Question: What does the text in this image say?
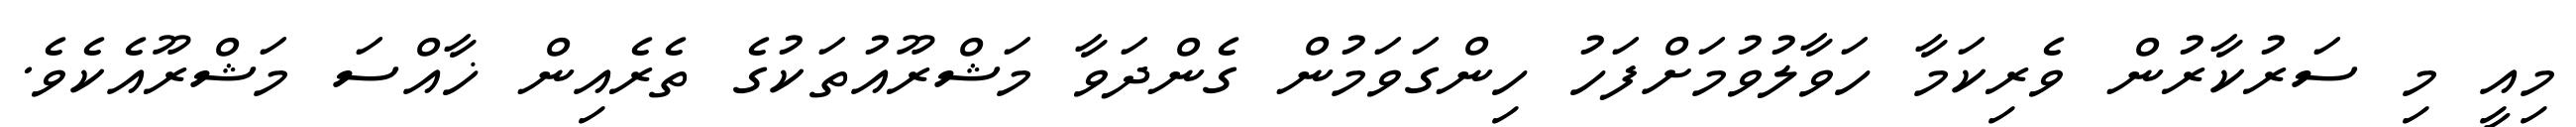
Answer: މިއީ މި ސަރުކާރުން ވެރިކަމާ ހަވާލުވުމަށްފަހު ހިންގަވަމުން ގެންދަވާ މަޝްރޫއުތަކުގެ ތެރެއިން ޚާއްސަ މަޝްރޫއެކެވެ.